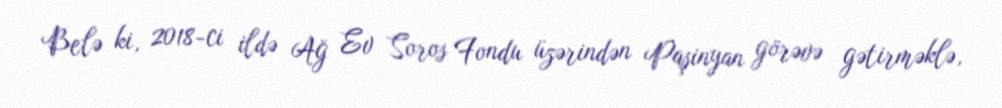
Belə ki, 2018-ci ildə Ağ Ev Soros Fondu üzərindən Paşinyan görəvə gətirməklə,